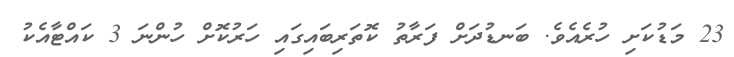
23 މަޑުކަށި ހުރެއެވެ. ބަނޑުދަށް ފަރާތު ކޮތަރިބައިގައި ހަރުކޮށް ހުންނަ 3 ކައްޓާއެކު